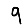
Digit: 9